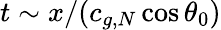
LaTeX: t\sim x/(c_{g,N}\cos\theta_{0})